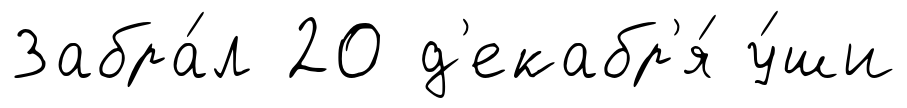
Забра́л 20 д'екабр'я́ у́ши